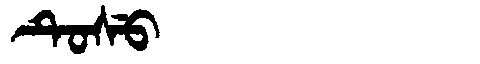
Manchu: ᡨᡠᠰᡠ
Romanization: TUSU